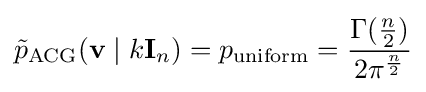
{\tilde {p}}_{\text{ACG}}(\mathbf {v} \mid k\mathbf {I} _{n})=p_{\text{uniform}}={\frac {\Gamma ({\frac {n}{2}})}{2\pi ^{\frac {n}{2}}}}